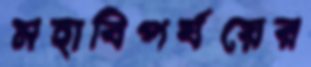
মহাবিপর্যয়ের